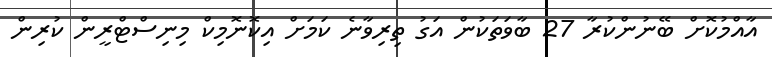
އާއްމުކޮށް ބޭނުންކުރާ 27 ބާވަތަކުން އަގު ތިރިވާނެ ކަމަށް އިކޮނޮމިކް މިނިސްޓްރީން ކުރިން